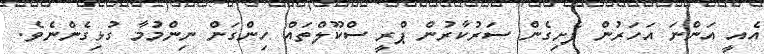
އެއީ އަންނަ އަހަރުން ފެށިގެން ސަރުކާރުން ޕްރީ ސްކޫލްތައް ހިންގަން ނިންމުމާ ގުޅިގެންނެވެ.